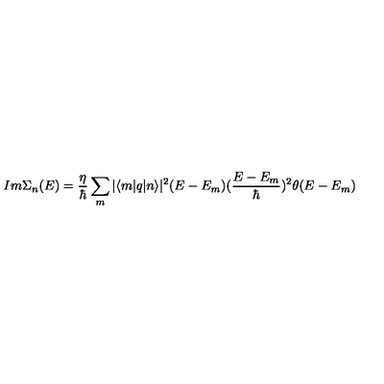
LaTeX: I m \Sigma _ { n } ( E ) = \frac { \eta } { \hbar } \sum _ { m } | \langle m | q | n \rangle | ^ { 2 } ( E - E _ { m } ) ( \frac { E - E _ { m } } { \hbar } ) ^ { 2 } \theta ( E - E _ { m } )